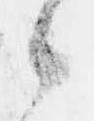
候